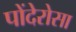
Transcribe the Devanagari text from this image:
पोंदेरोसा